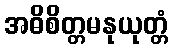
အဓိစိတ္တမနုယုတ္တံ